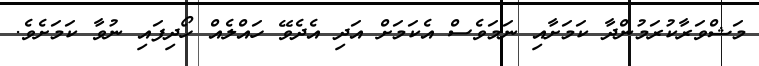
މަޝްވަރާކުރަމުންދާ ކަމަށާއި ނަމަވެސް އެކަމަށް އަދި އެދެވޭ ހައްލެއް ހޯދިފައި ނުވާ ކަމަށެވެ.